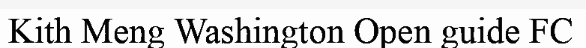
Kith Meng Washington Open guide FC